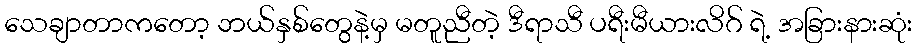
သေချာတာကတော့ ဘယ်နှစ်တွေနဲ့မှ မတူညီတဲ့ ဒီရာသီ ပရီးမီယားလိဂ် ရဲ့ အခြားနားဆုံး